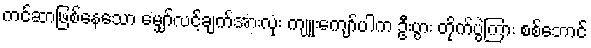
ကင်ဆာဖြစ်နေသော မျှော်လင့်ချက်အားလုံး ကျူးကျော်ပါက ဦးပွား တိုက်ပွဲကြား စစ်ဘောင်